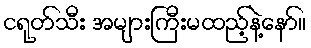
ငရုတ်သီး အများကြီးမထည့်နဲ့နော်။